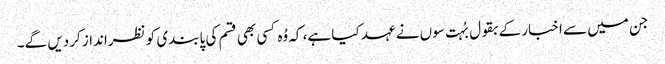
جن میں سے اخبار کے بقول بُہت سوں نے عہد کیا ہے، کہ وُہ کسی بھی قسم کی پابندی کو نظرانداز کردیں گے۔